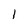
Character: 1